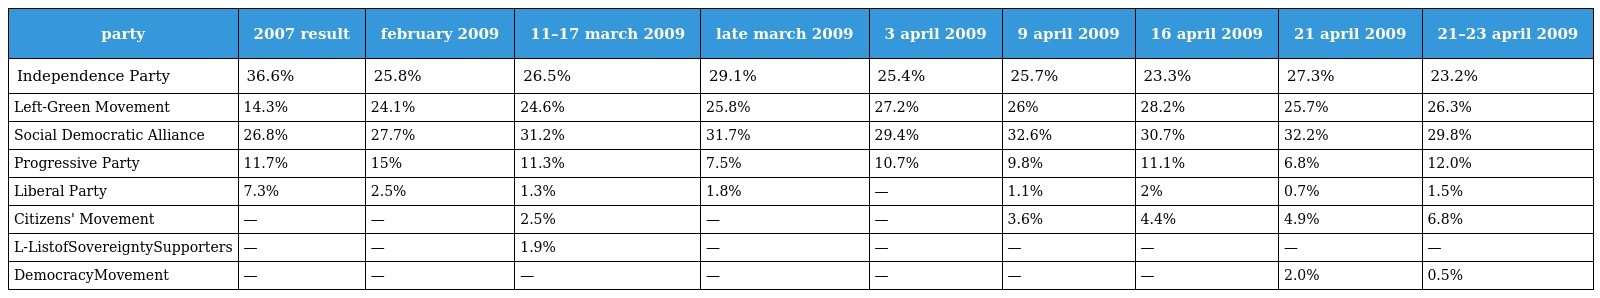
| party | 2007 result | february 2009 | 11–17 march 2009 | late march 2009 | 3 april 2009 | 9 april 2009 | 16 april 2009 | 21 april 2009 | 21–23 april 2009 |
 | --- | --- | --- | --- | --- | --- | --- | --- | --- | --- |
 | Independence Party | 36.6% | 25.8% | 26.5% | 29.1% | 25.4% | 25.7% | 23.3% | 27.3% | 23.2% |
 | Left-Green Movement | 14.3% | 24.1% | 24.6% | 25.8% | 27.2% | 26% | 28.2% | 25.7% | 26.3% |
 | Social Democratic Alliance | 26.8% | 27.7% | 31.2% | 31.7% | 29.4% | 32.6% | 30.7% | 32.2% | 29.8% |
 | Progressive Party | 11.7% | 15% | 11.3% | 7.5% | 10.7% | 9.8% | 11.1% | 6.8% | 12.0% |
 | Liberal Party | 7.3% | 2.5% | 1.3% | 1.8% | — | 1.1% | 2% | 0.7% | 1.5% |
 | Citizens' Movement | — | — | 2.5% | — | — | 3.6% | 4.4% | 4.9% | 6.8% |
 | L-ListofSovereigntySupporters | — | — | 1.9% | — | — | — | — | — | — |
 | DemocracyMovement | — | — | — | — | — | — | — | 2.0% | 0.5% |